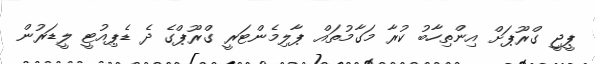
ޕީޖީ ގްރޫޕަށް އިންތިހާބު ކުރާ މަގާމުތައް ޕާލިމެންޓަރީ ގްރޫޕްގެ ދެ ޑެޕިއުޓީ ލީޑަރުން